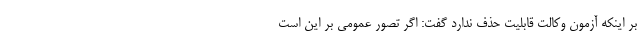
بر اینکه آزمون وکالت قابلیت حذف ندارد گفت: اگر تصور عمومی بر این است